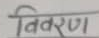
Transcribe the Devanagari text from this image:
निरण